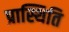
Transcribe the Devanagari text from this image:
प्रास्थिति